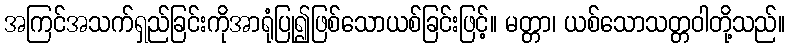
အကြင်အသက်ရှည်ခြင်းကိုအာရုံပြု၍ဖြစ်သောယစ်ခြင်းဖြင့်။ မတ္တာ၊ ယစ်သောသတ္တဝါတို့သည်။